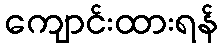
ကျောင်းထားရန်